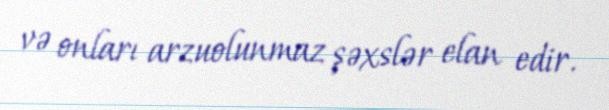
və onları arzuolunmaz şəxslər elan edir.